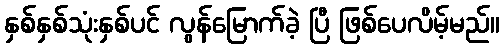
နှစ်နှစ်သုံးနှစ်ပင် လွန်မြောက်ခဲ့ ပြီ ဖြစ်ပေလိမ့်မည်။